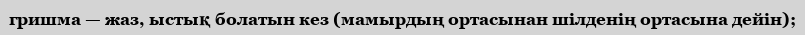
гришма — жаз, ыстық болатын кез (мамырдың ортасынан шілденің ортасына дейін);